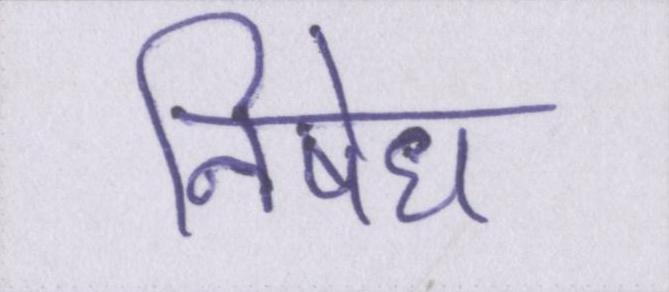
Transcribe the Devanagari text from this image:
निषेध